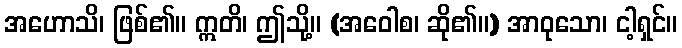
အဟောသိ၊ ဖြစ်၏။ ဣတိ၊ ဤသို့။ (အဝေါစ၊ ဆို၏။) အာဝုသော၊ ငါ့ရှင်။